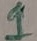
Text: 1